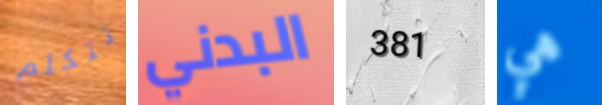
تتكلم البدني 381 هي